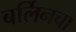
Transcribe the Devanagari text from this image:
बर्लिनचा